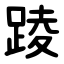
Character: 踜